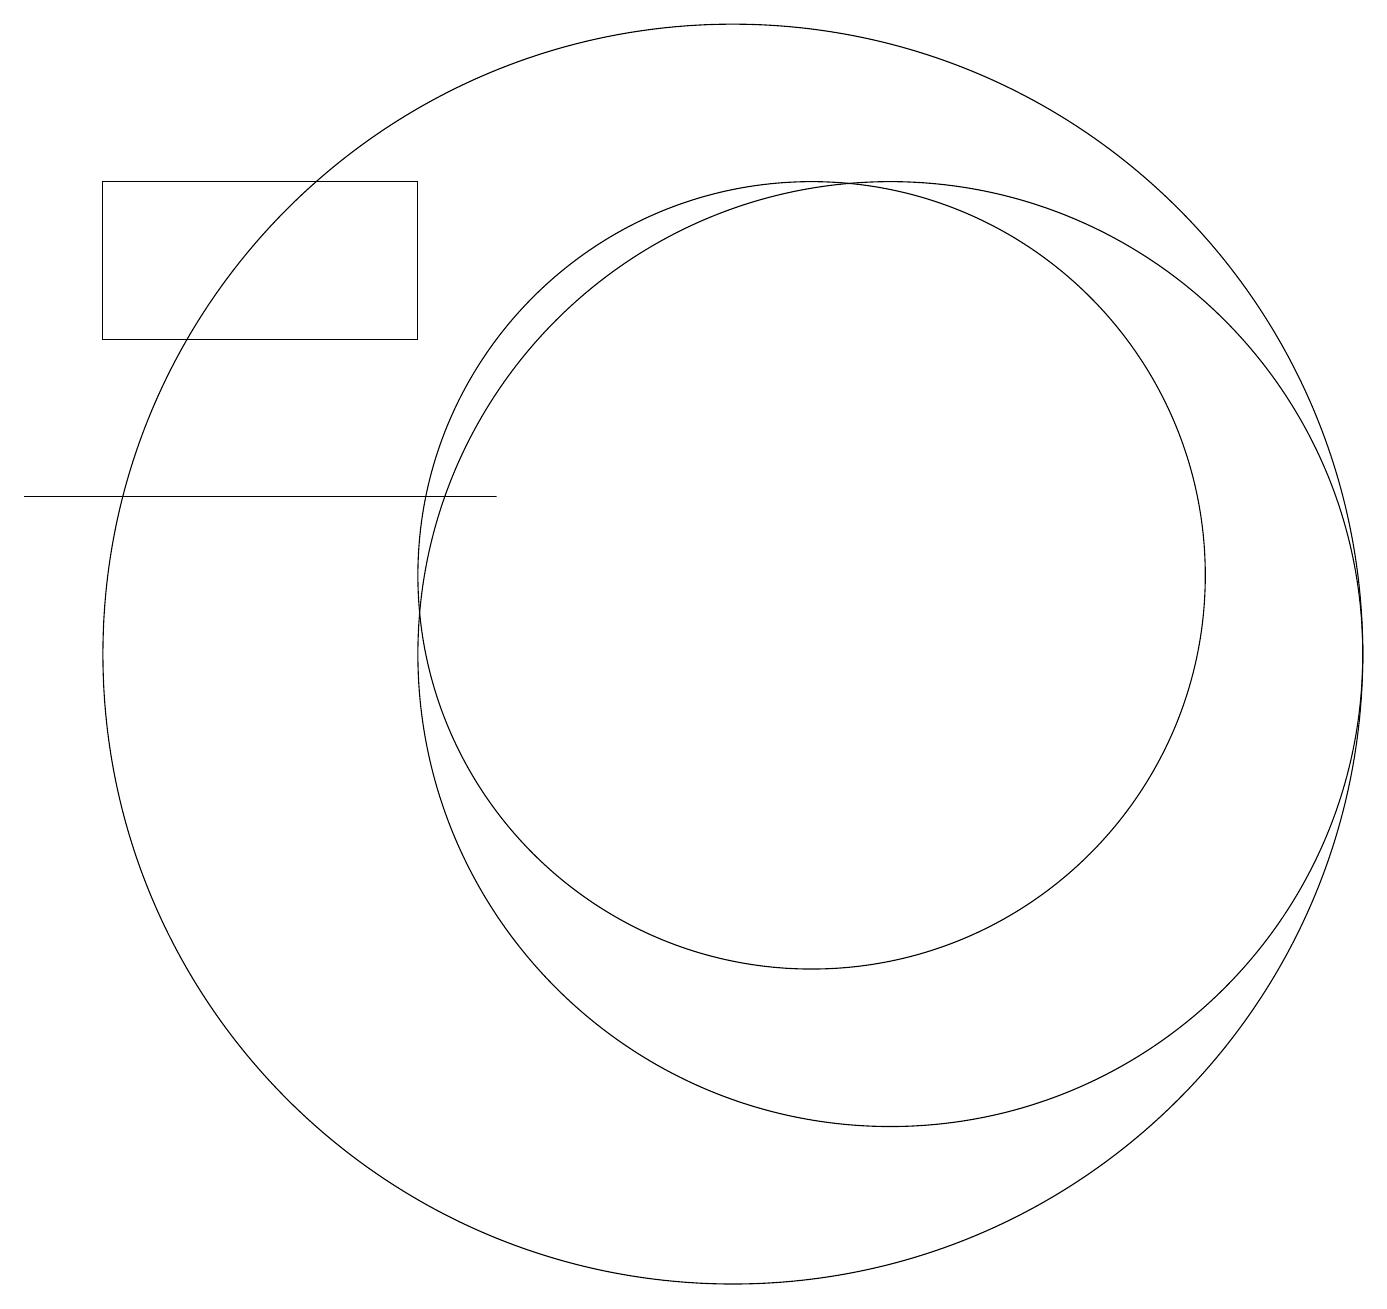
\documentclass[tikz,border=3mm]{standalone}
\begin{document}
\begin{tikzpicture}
\draw (6,14) rectangle (2,16);
\draw (10,10) circle (8);
\draw (12,10) circle (6);
\draw (7,12) rectangle (1,12);
\draw (11,11) circle (5);
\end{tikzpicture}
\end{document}